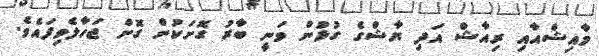
މާއިޝްއާއި ރިއާޝް އަދި ޔާޝްގެ ގުޅުން ވަނީ ބާރު ގޮށަކުން ގޮށް ޖަހާލެވިފައެވެ.